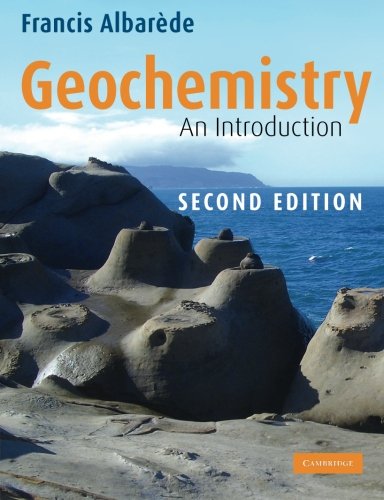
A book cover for Geochemistry: An Introduction; Francis AlbarÃ¨de; Science & Math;